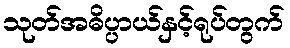
သုတ်အဓိပ္ပာယ်နှင့်ရုပ်တွက်